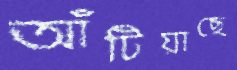
আঁটিয়াছে